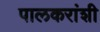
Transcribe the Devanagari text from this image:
पालकरांशी